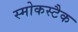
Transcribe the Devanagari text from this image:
स्मोकस्टैक